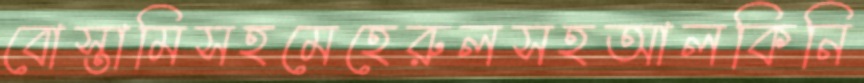
বোস্তামিসহমেহেরুলসহআলকিনি